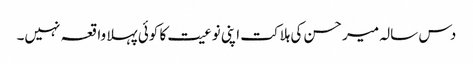
دس سالہ میر حسن کی ہلاکت اپنی نوعیت کا کوئی پہلا واقعہ نہیں۔